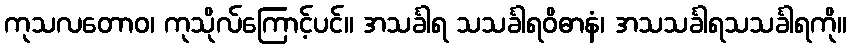
ကုသလတောဝ၊ ကုသိုလ်ကြောင့်ပင်။ အသင်္ခါရ သသင်္ခါရဝိဓာနံ၊ အသသင်္ခါရသသင်္ခါရကို။